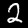
Label: 2